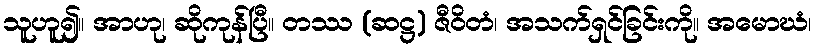
သူဟူ၍။ အာဟု၊ ဆိုကုန်ပြီ။ တဿ (ဆဋ္ဌ) ဇီဝိတံ၊ အသက်ရှင်ခြင်းကို။ အမောဃံ၊